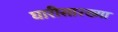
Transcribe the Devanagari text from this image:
घारीसारख्या